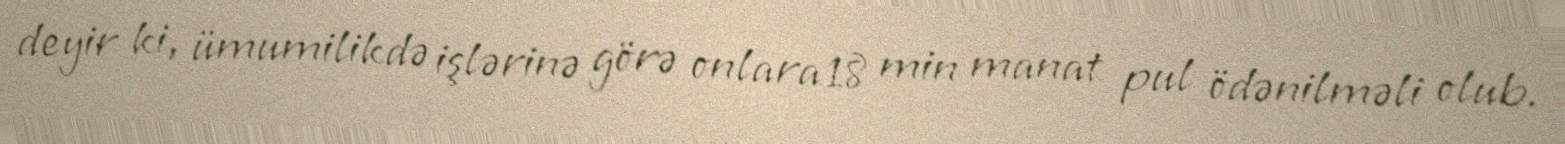
deyir ki, ümumilikdə işlərinə görə onlara 18 min manat pul ödənilməli olub.